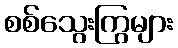
စစ်သွေးကြွများ